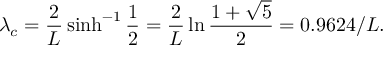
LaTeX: \lambda _ { c } = { \frac { 2 } { L } } \sinh ^ { - 1 } { \frac { 1 } { 2 } } = { \frac { 2 } { L } } \ln { \frac { 1 + \sqrt { 5 } } { 2 } } = 0 . 9 6 2 4 / L .